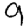
Digit: 9